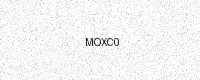
Text: MOXC0